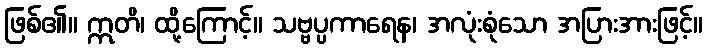
ဖြစ်၏။ ဣတိ၊ ထို့ကြောင့်။ သဗ္ဗပ္ပကာရေန၊ အလုံးစုံသော အပြားအားဖြင့်။